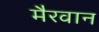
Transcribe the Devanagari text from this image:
मैरवान